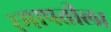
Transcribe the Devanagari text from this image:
रमापतीला